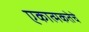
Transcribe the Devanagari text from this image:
एकात्मकतेचे